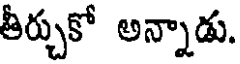
తీర్చుకో అన్నాడు.